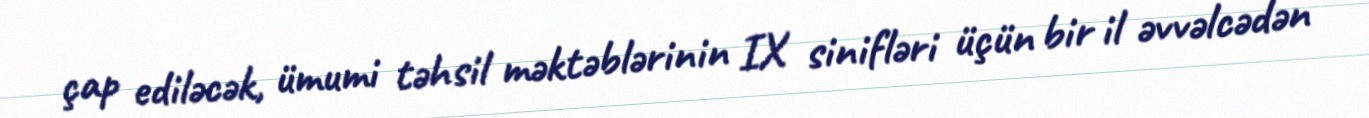
çap ediləcək, ümumi təhsil məktəblərinin IX sinifləri üçün bir il əvvəlcədən